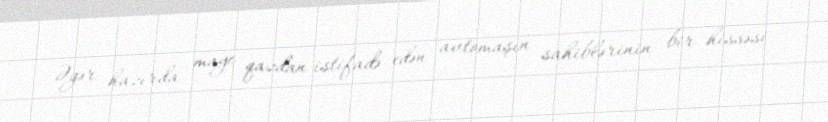
Əgər hazırda maye qazdan istifadə edən avtomaşın sahiblərinin bir hissəsi